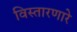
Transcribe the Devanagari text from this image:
विस्तारणारे